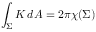
\int _ { \Sigma } K \, d A = 2 \pi \chi ( \Sigma )